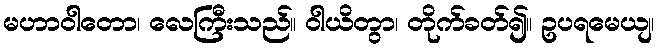
မဟာဝါတော၊ လေကြီးသည်။ ဝါယိတွာ၊ တိုက်ခတ်၍။ ဥပရမေယျ၊